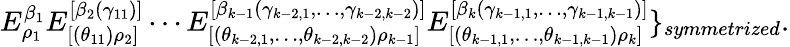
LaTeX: E_{\rho_{1}}^{\beta_{1}}E_{[(\theta_{11})\rho_{2}]}^{[\beta_{2}(\gamma_{11})]}\cdots E_{[(\theta_{k-2,1},\ldots,\theta_{k-2,k-2})\rho_{k-1}]}^{[\beta_{k-1}(\gamma_{k-2,1},\ldots,\gamma_{k-2,k-2})]}E_{[(\theta_{k-1,1},\ldots,\theta_{k-1,k-1})\rho_{k}]}^{[\beta_{k}(\gamma_{k-1,1},\ldots,\gamma_{k-1,k-1})]}\} _{symmetrized}.